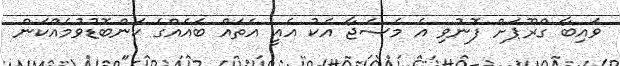
ވައިބާ ގްރޫޕަށް ފޮނުވި އެ މެސެޖާ އެކު އެއީ އެތައް ބައެއްގެ ކަންބޮޑުވުމެއްކަން